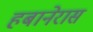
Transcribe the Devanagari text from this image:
हबानेरास